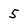
Character: 5